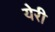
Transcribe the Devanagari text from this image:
येरी